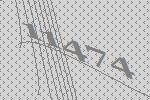
11474